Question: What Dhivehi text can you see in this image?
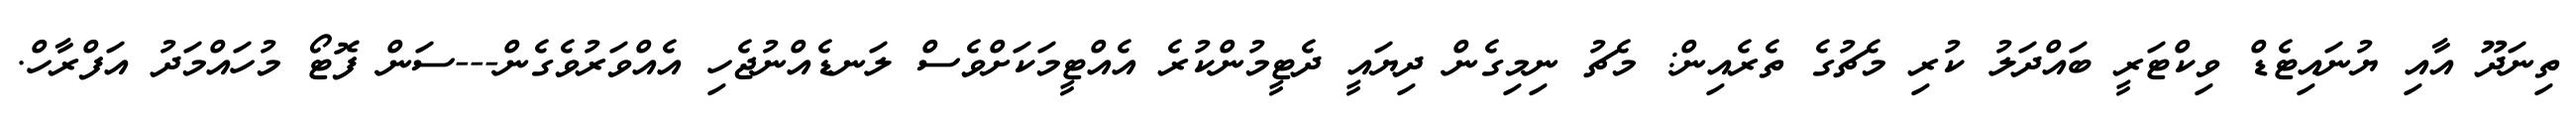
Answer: ތިނަދޫ އާއި ޔުނައިޓެޑް ވިކްޓަރީ ބައްދަލު ކުރި މެޗުގެ ތެރެއިން: މެޗު ނިމިގެން ދިޔައީ ދެޓީމުންކުރެ އެއްޓީމަކަށްވެސް ލަނޑެއްނުޖެހި އެއްވަރުވެގެން---ސަން ފޮޓޯ މުހައްމަދު އަފްރާހް.